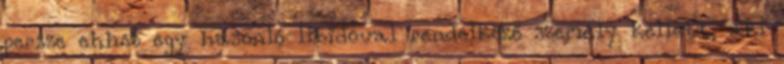
persze ehhez egy hasonló libidóval rendelkező személy kellett, aki